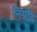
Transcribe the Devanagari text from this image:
निम्रोद